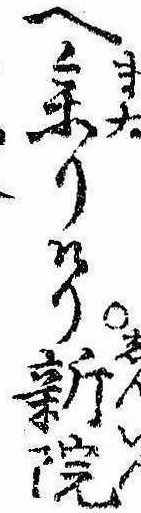
へ参りけり新院